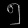
Digit: ၅